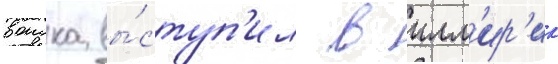
воиска вы́ступ'ил в илл'ир'ик